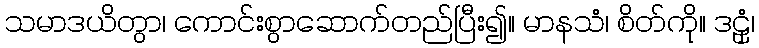
သမာဒယိတွာ၊ ကောင်းစွာဆောက်တည်ပြီး၍။ မာနသံ၊ စိတ်ကို။ ဒဠှံ၊